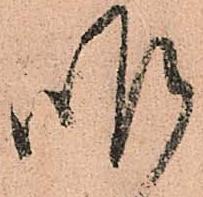
昨